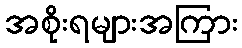
အစိုးရများအကြား